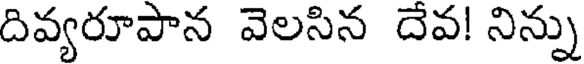
దివ్యరూపాన వెలసిన దేవ! నిన్ను